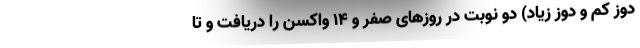
دوز کم و دوز زیاد) دو نوبت در روز‌های صفر و ۱۴ واکسن را دریافت و تا